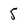
Character: 5